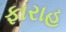
ફારાહ